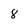
Character: 8